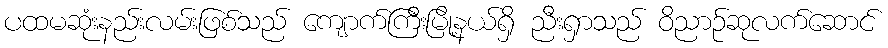
ပထမဆုံးနည်းလမ်းဖြစ်သည် ကျောက်ကြီးမြို့နယ်ရှိ ညီးရှာသည် ဝိညာဉ်ဆုလက်ဆောင်